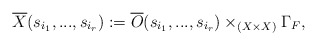
\begin{align*}\overline{X}(s_{i_1},...,s_{i_r}):=\overline{O}(s_{i_1},...,s_{i_r})\times_{\left(X\times X\right)}\Gamma_F,\end{align*}